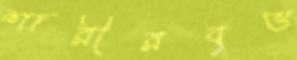
শারীরবৃত্ত